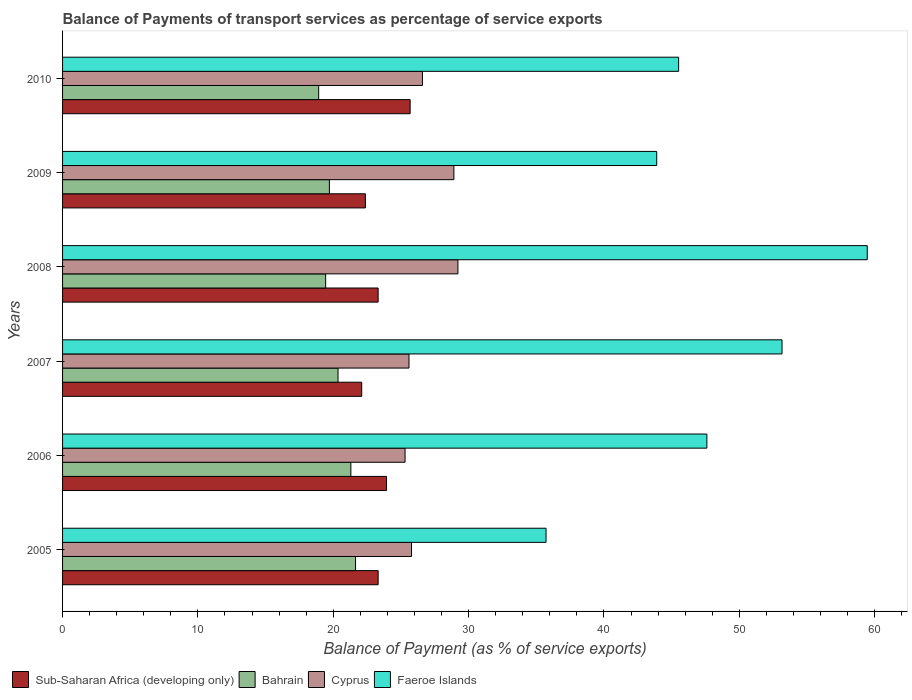
| Years | Sub-Saharan Africa (developing only) | Bahrain | Cyprus | Faeroe Islands |
 | --- | --- | --- | --- | --- |
 | 2005 | 23.3 | 21.6 | 25.8 | 35.7 |
 | 2006 | 23.9 | 21.3 | 25.3 | 47.6 |
 | 2007 | 22.1 | 20.4 | 25.6 | 53.2 |
 | 2008 | 23.3 | 19.4 | 29.2 | 59.5 |
 | 2009 | 22.4 | 19.7 | 28.9 | 43.9 |
 | 2010 | 25.7 | 18.9 | 26.6 | 45.5 |